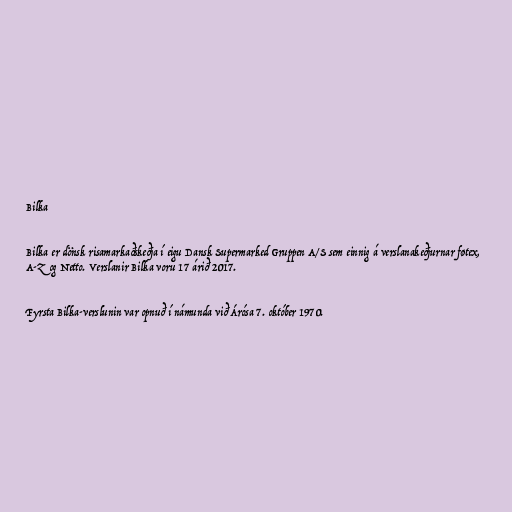
Bilka

Bilka er dönsk risamarkaðskeðja í eigu Dansk Supermarked Gruppen A/S sem einnig á verslanakeðjurnar føtex,
A-Z og Netto. Verslanir Bilka voru 17 árið 2017.

Fyrsta Bilka-verslunin var opnuð í námunda við Árósa 7. október 1970.